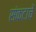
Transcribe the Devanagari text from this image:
संकटाचें